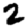
Digit: 2